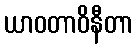
ယာဝတာဝိနီတာ